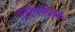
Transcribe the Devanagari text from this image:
साइटोप्लास्मिक